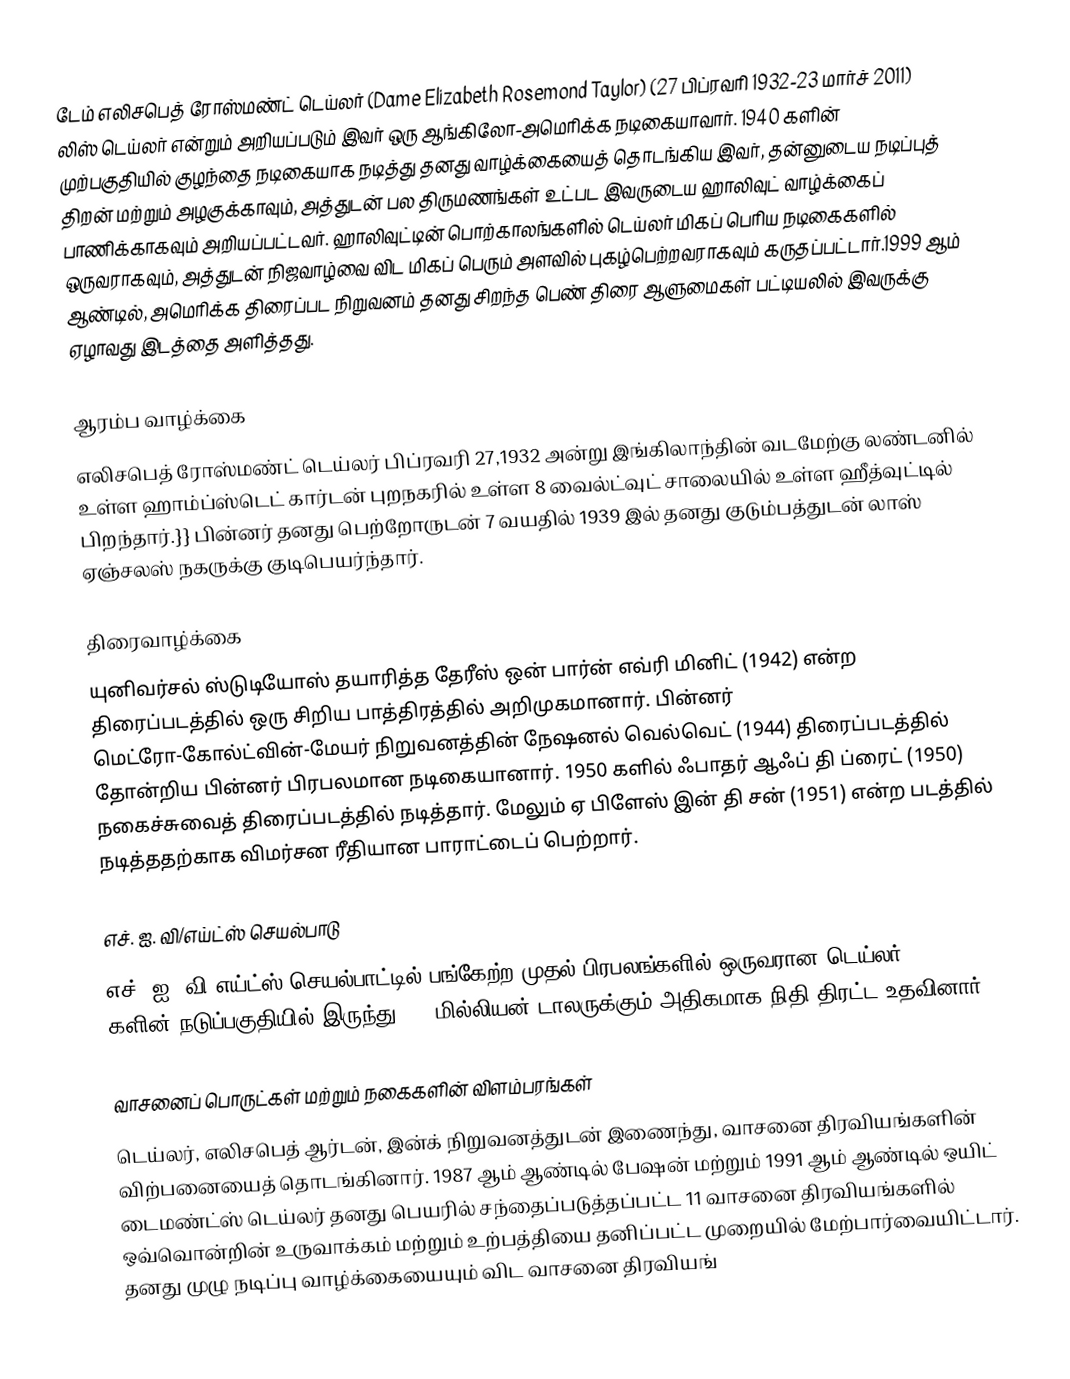
டேம் எலிசபெத் ரோஸ்மண்ட் டெய்லர் (Dame Elizabeth Rosemond Taylor) (27 பிப்ரவரி 1932-23 மார்ச் 2011) லிஸ் டெய்லர் என்றும் அறியப்படும் இவர் ஒரு ஆங்கிலோ-அமெரிக்க நடிகையாவார். 1940 களின் முற்பகுதியில் குழந்தை நடிகையாக நடித்து தனது வாழ்க்கையைத் தொடங்கிய இவர், தன்னுடைய நடிப்புத் திறன் மற்றும் அழகுக்காவும், அத்துடன் பல திருமணங்கள் உட்பட இவருடைய ஹாலிவுட் வாழ்க்கைப் பாணிக்காகவும் அறியப்பட்டவர். ஹாலிவுட்டின் பொற்காலங்களில் டெய்லர் மிகப் பெரிய நடிகைகளில் ஒருவராகவும், அத்துடன் நிஜவாழ்வை விட மிகப் பெரும் அளவில் புகழ்பெற்றவராகவும் கருதப்பட்டார்.1999 ஆம் ஆண்டில், அமெரிக்க திரைப்பட நிறுவனம் தனது சிறந்த பெண் திரை ஆளுமைகள் பட்டியலில் இவருக்கு ஏழாவது இடத்தை அளித்தது.

ஆரம்ப வாழ்க்கை
எலிசபெத் ரோஸ்மண்ட் டெய்லர் பிப்ரவரி 27,1932 அன்று இங்கிலாந்தின் வடமேற்கு லண்டனில் உள்ள ஹாம்ப்ஸ்டெட் கார்டன் புறநகரில் உள்ள 8 வைல்ட்வுட் சாலையில் உள்ள ஹீத்வுட்டில் பிறந்தார்.}} பின்னர் தனது பெற்றோருடன் 7 வயதில் 1939 இல் தனது குடும்பத்துடன் லாஸ் ஏஞ்சலஸ் நகருக்கு குடிபெயர்ந்தார்.

திரைவாழ்க்கை
யுனிவர்சல் ஸ்டுடியோஸ் தயாரித்த தேரீஸ் ஒன் பார்ன் எவ்ரி மினிட் (1942) என்ற திரைப்படத்தில் ஒரு சிறிய பாத்திரத்தில் அறிமுகமானார். பின்னர் மெட்ரோ-கோல்ட்வின்-மேயர் நிறுவனத்தின் நேஷனல் வெல்வெட் (1944) திரைப்படத்தில் தோன்றிய பின்னர் பிரபலமான நடிகையானார். 1950 களில் ஃபாதர் ஆஃப் தி ப்ரைட் (1950) நகைச்சுவைத் திரைப்படத்தில் நடித்தார். மேலும் ஏ பிளேஸ் இன் தி சன் (1951) என்ற படத்தில் நடித்ததற்காக விமர்சன ரீதியான பாராட்டைப் பெற்றார்.

எச். ஐ. வி/எய்ட்ஸ் செயல்பாடு
எச். ஐ. வி/எய்ட்ஸ் செயல்பாட்டில் பங்கேற்ற முதல் பிரபலங்களில் ஒருவரான டெய்லர், 1980 களின் நடுப்பகுதியில் இருந்து 270 மில்லியன் டாலருக்கும் அதிகமாக நிதி திரட்ட உதவினார்.

வாசனைப் பொருட்கள் மற்றும் நகைகளின் விளம்பரங்கள்
டெய்லர், எலிசபெத் ஆர்டன், இன்க் நிறுவனத்துடன் இணைந்து, வாசனை திரவியங்களின் விற்பனையைத் தொடங்கினார்.  1987 ஆம் ஆண்டில் பேஷன் மற்றும் 1991 ஆம் ஆண்டில் ஒயிட் டைமண்ட்ஸ் டெய்லர் தனது பெயரில் சந்தைப்படுத்தப்பட்ட 11 வாசனை திரவியங்களில் ஒவ்வொன்றின் உருவாக்கம் மற்றும் உற்பத்தியை தனிப்பட்ட முறையில் மேற்பார்வையிட்டார். தனது முழு நடிப்பு வாழ்க்கையையும் விட வாசனை திரவியங்